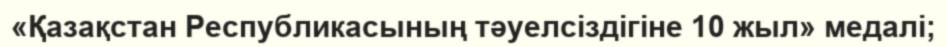
«Қазақстан Республикасының тәуелсіздігіне 10 жыл» медалі;